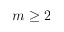
m \geq 2